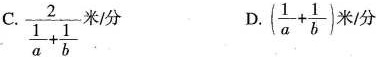
C.\frac{2}{ \frac{1}{a}+ \frac{1}{b}}米/分 D.( \frac{1}{a}+ \frac{1}{b})米/分